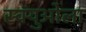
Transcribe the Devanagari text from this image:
स्क्युओला